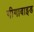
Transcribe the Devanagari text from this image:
गीगाबाइड